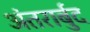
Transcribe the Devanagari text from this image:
अंतरार्बुद